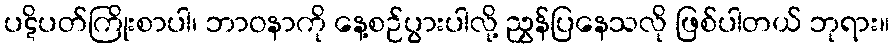
ပဋိပတ်ကြိုးစာပါ၊ ဘာဝနာကို နေ့စဉ်ပွားပါလို့ ညွှန်ပြနေသလို ဖြစ်ပါတယ် ဘုရား။